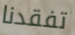
تفقدنا